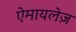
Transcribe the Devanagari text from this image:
ऐमायलेज़